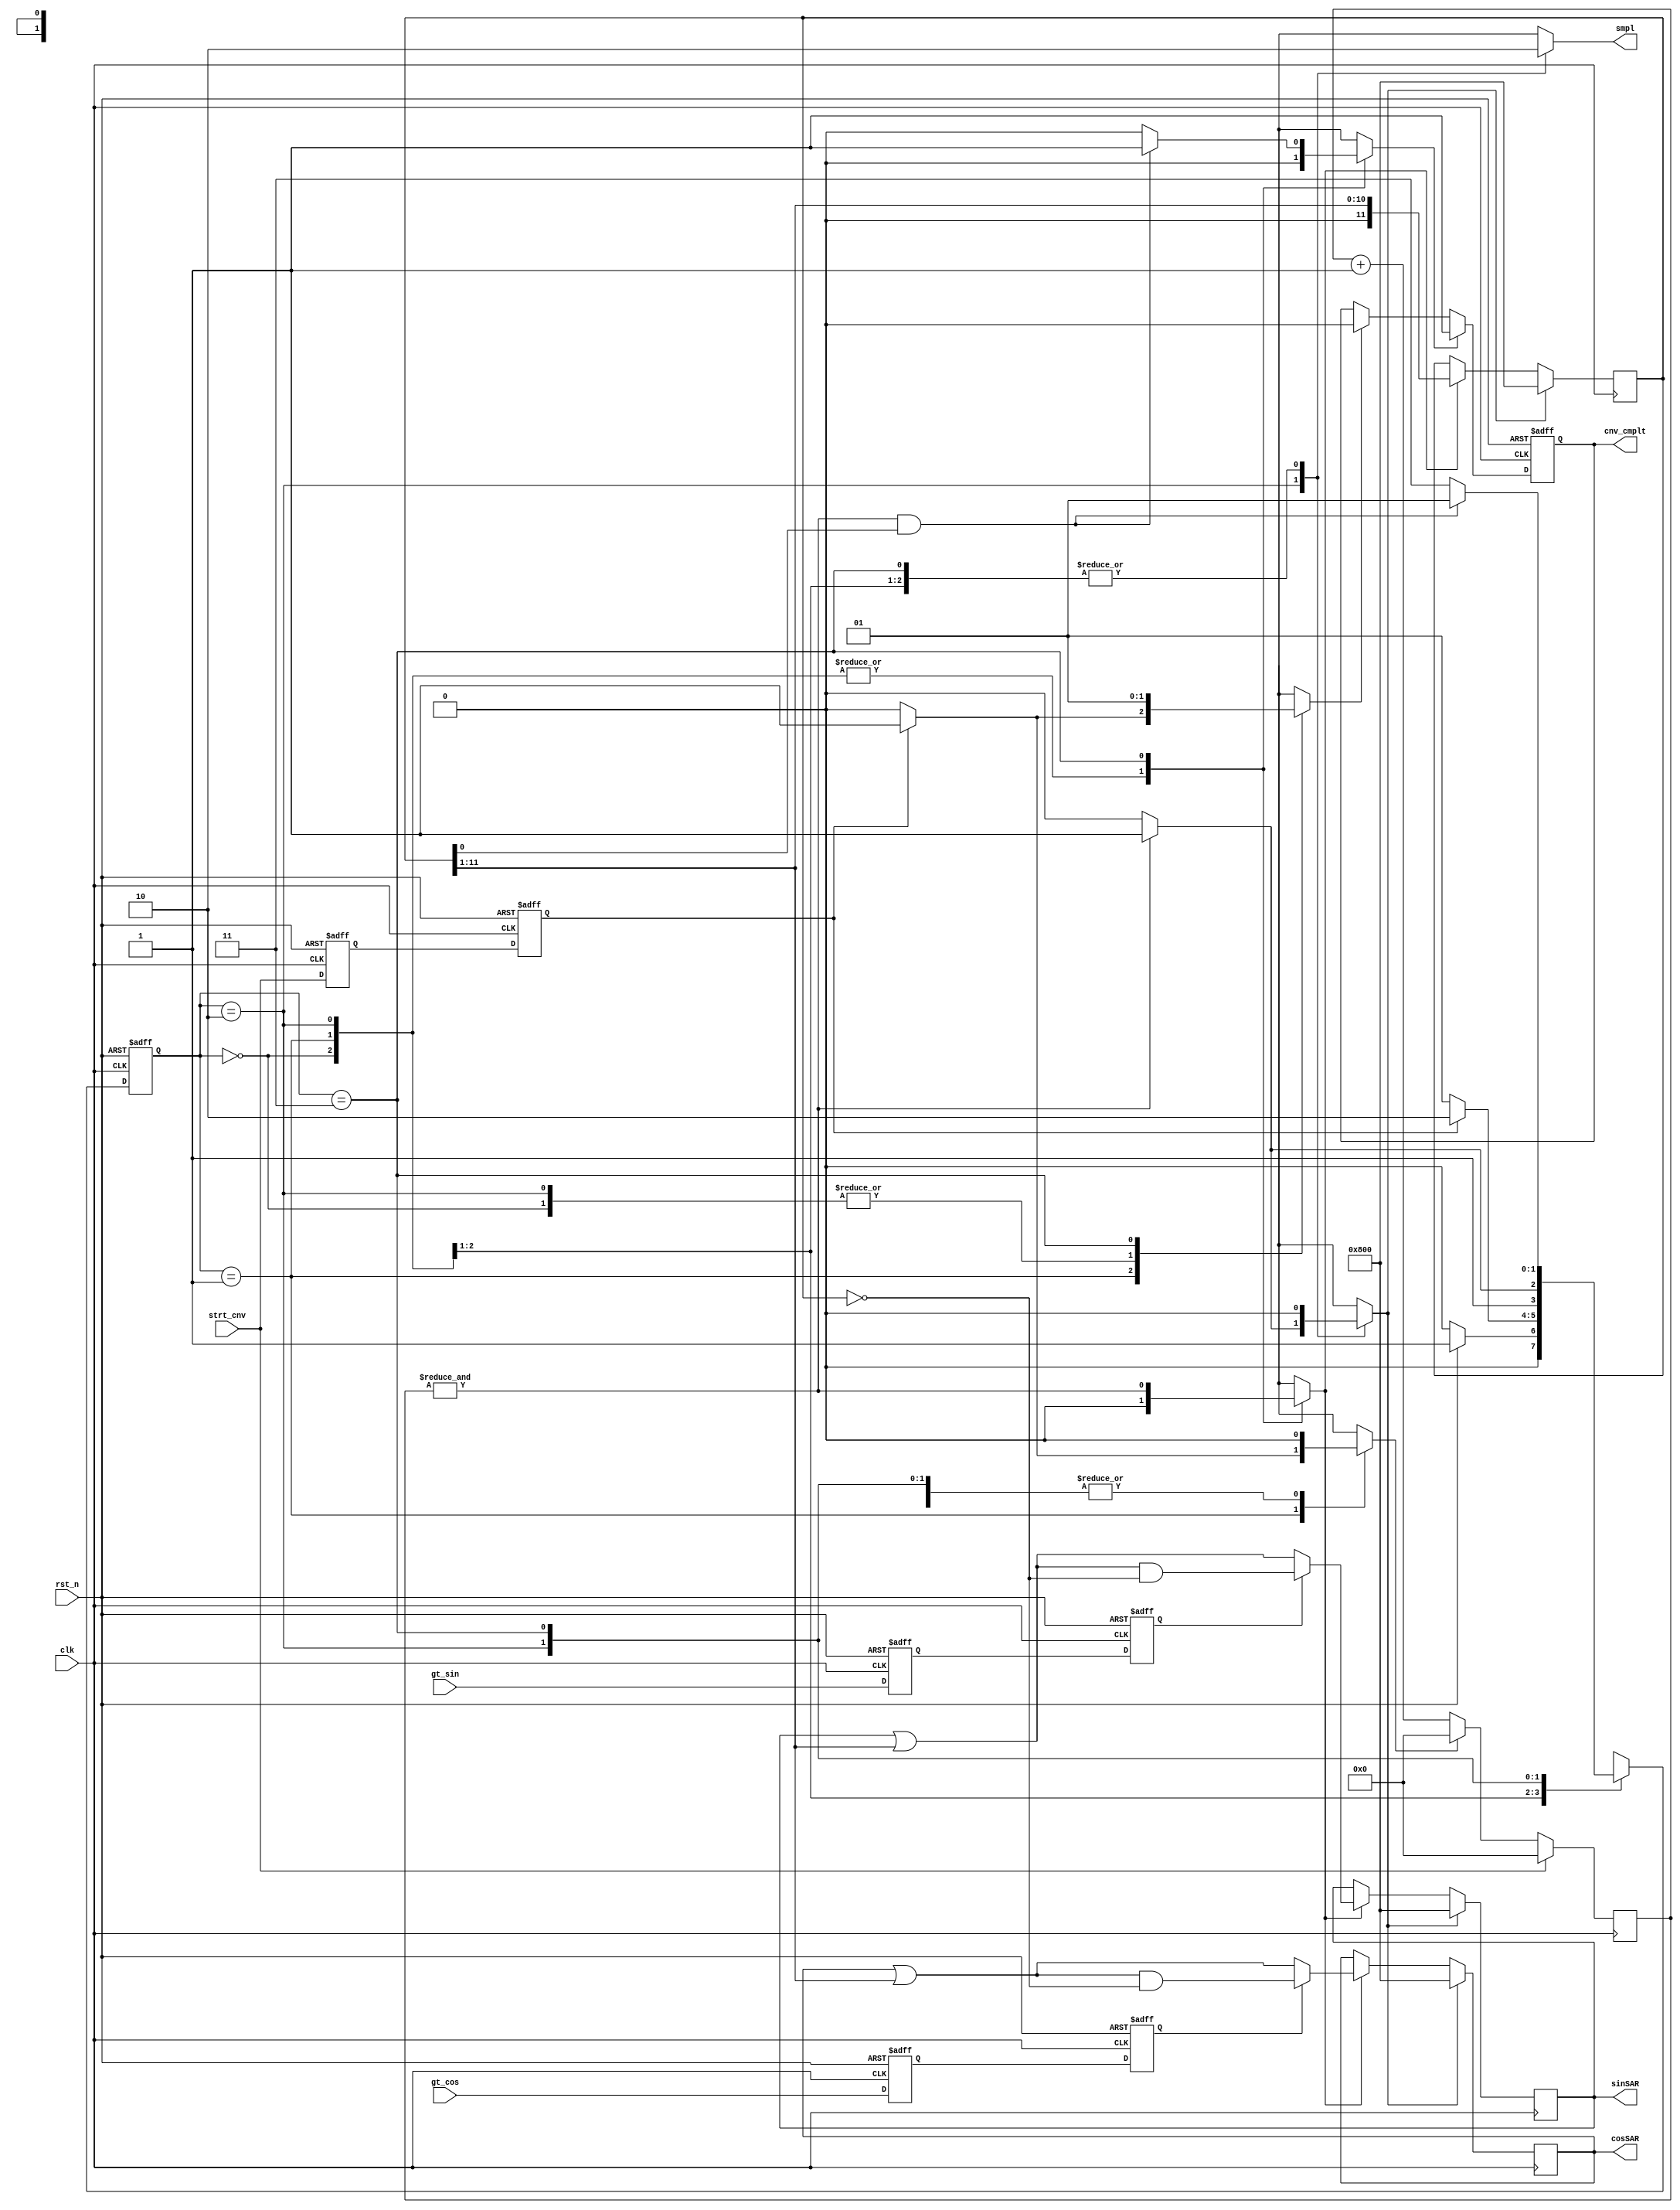

`timescale 1ns/100ps;
module AtoD_digital(clk,rst_n,gt_sin,gt_cos,strt_cnv,sinSAR,cosSAR,smpl,cnv_cmplt);
  
  input clk,rst_n;
  input gt_sin,gt_cos,strt_cnv;                     //gt_cos, gt_sin compared signals from A2D ANalog block
  output [11:0] sinSAR,cosSAR;                     // Converted output
  output smpl,cnv_cmplt;
  
  reg [11:0] sinSAR, cosSAR,mask;
  reg [1:0] state,nxt_state;   
  reg [6:0] count;                                 //7 bit counter for counting 128 clock cycles
  reg shift,smpl,ld;                              //Comparision starts after 128 clocks, sample is asserted for 128 clocks after strt_cnv
  reg gt_sinFF1,gt_sinFF2,gt_cosFF1,gt_cosFF2;   //Double flopping gt_sin and gt_cos signals
  reg cnv_cmplt, set_cc, clr_cc,clr_cnt;
  reg strt_cnv_ff1,strt_cnv_ff2;
  
  wire [11:0] nxt_cosSAR,nxt_sinSAR,nxt_mask;
  
  
  parameter IDLE    = 2'b00;
  parameter START   = 2'b01;
  parameter SAMPLE  = 2'b10;
  parameter CONV    = 2'b11;

  ///////////////////
 //State Register //
///////////////////
  always @(posedge clk, negedge rst_n)
  if (!rst_n) 
    state <= IDLE;
  else state <= nxt_state;
 
  //////////////////////////////////////////////
 //Double flopping gt_sin and gt_cos signals //
//////////////////////////////////////////////
 
  always @(posedge clk, negedge rst_n)
  if (!rst_n) begin
    gt_sinFF1 <=1'b0;
    gt_sinFF2 <=1'b0;
    gt_cosFF1 <=1'b0;
    gt_cosFF2 <=1'b0;
  end
  else begin
    gt_sinFF1 <=gt_sin;
    gt_sinFF2 <=gt_sinFF1;
    gt_cosFF1 <=gt_cos;
    gt_cosFF2 <=gt_cosFF1;
  end
  
 //Double flopping start_cnv signal coming from digital core
  always @(posedge clk, negedge rst_n)
  if (!rst_n) begin
    strt_cnv_ff1 <=1'b0;
    strt_cnv_ff2 <=1'b0;
  end
  else begin
    strt_cnv_ff1 <=strt_cnv;
    strt_cnv_ff2 <=strt_cnv_ff1;
  end
 
 
   //////////////////////////////////////
  //Counter to count 128 clock cycles //
 //////////////////////////////////////
  always@(posedge clk)
  if(strt_cnv)
    count <= 7'h00;
  else if(clr_cnt)
    count <= 7'h00;
  else
    count <= count + 1;
    
   /////////////////////////////////////////// 
  //sinSAR, cosSAR, mask registers loading //
 ///////////////////////////////////////////
 always@(posedge clk)
 if(ld) begin
    sinSAR <= 12'h800;
    cosSAR <= 12'h800;
    mask   <= 12'h800;
 end
 else if(shift) begin
    cosSAR <=nxt_cosSAR;
    sinSAR <=nxt_sinSAR;
    mask <= nxt_mask;
 end

  ///////////////////////////////////
 // A2D Conversion complete logic //
///////////////////////////////////
 always@(posedge clk,negedge rst_n)
    if(!rst_n)
        cnv_cmplt <= 1'b0;
    else if(set_cc)
        cnv_cmplt <= 1'b1;
    else if(clr_cc)
        cnv_cmplt <= 1'b0;
    
       
  /////////////////////////        
 //FINITE STATE MACHINE //
/////////////////////////
  always@(state,strt_cnv_ff2,mask,count)
  begin
     ///////////////////
    //Default outputs//
   ///////////////////
    smpl = 1'b0;
    ld = 1'b0;
    set_cc = 1'b0;
    clr_cc = 1'b0;
    clr_cnt= 1'b0;
    shift = 1'b0;
        
    case(state)
      
      IDLE: if(!rst_n)
              nxt_state = IDLE;
            else nxt_state = START;
              
      START: begin
               if(strt_cnv_ff2) begin
                 nxt_state = SAMPLE;                 // When strt_cnv signal is high, counter is cleared and conv_cmplt signal is deasserted
                 clr_cnt = 1;         
                 clr_cc = 1'b1;          
               end
               else 
               nxt_state = START; 
             end
                      
            
      SAMPLE: begin 
              smpl = 1;                        //Asserting sample for first 128 clock cycles after strt_conv is asserted
               if(&count) begin
                nxt_state = CONV;
                ld=1'b1;                           //sinSAR, cosSAR, mask registers loaded with default values after 1st 128 clock cycles
               end
               else 
                nxt_state = SAMPLE;
              end
              
      CONV: begin
            clr_cc = 1'b1;
            shift = &count;                // Shift is asserted every 128 clock cycles to put nxtSAR logic
            if(&count && mask[0]) begin     // Checking 12 iterations is done for SAR algorithm
              nxt_state = START;
              set_cc = 1;
              end
            else 
              nxt_state = CONV;
            end
      
                   
      default: nxt_state = IDLE;
      
    endcase
  end
    
   //////////////////////////////////////////////////
  //Shifting mask by 1 bit every 128 clock cycles // 
 ////////////////////////////////////////////////// 
 
  assign nxt_mask = (!shift)? mask : (mask>>1);
   
   /////////////////////////////////////////////////////////////////////
  //nxt_SAR logic : Assigning values to next states of SAR registers //
 /////////////////////////////////////////////////////////////////////
    
  assign nxt_sinSAR = (!shift)? sinSAR : (gt_sinFF2)? ((sinSAR | (mask>>1)) & ~(mask)) : (sinSAR|(mask>>1));
  
  assign nxt_cosSAR = (!shift)? cosSAR : (gt_cosFF2)? ((cosSAR | (mask>>1)) & ~(mask)) : (cosSAR|(mask>>1));
       
endmodule